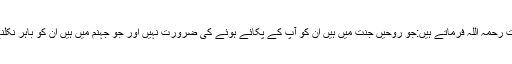
حضرت حکیم الامت رحمہ اللہ فرماتے ہیں:جو روحیں جنت میں ہیں ان کو آپ کے پکائے ہوئے کی ضرورت نہیں اور جو جہنم میں ہیں ان کو باہر نکلنے کی اجازت نہیں۔